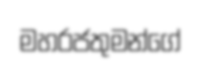
මහරජතුමන්ගේ